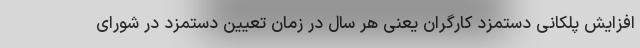
افزایش پلکانی دستمزد کارگران یعنی هر سال در زمان تعیین دستمزد در شورای